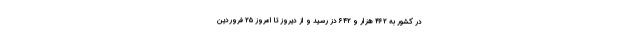
در کشور به ۴۶۲ هزار و ۶۴۲ دُز رسید و از دیروز تا امروز ۲۵ فروردین